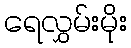
ရေလွှမ်းမိုး